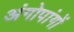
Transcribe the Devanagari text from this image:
अंगोपांगों